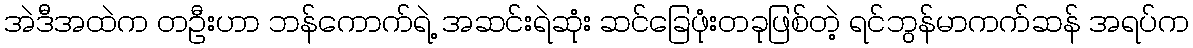
အဲဒီအထဲက တဦးဟာ ဘန်ကောက်ရဲ့ အဆင်းရဲဆုံး ဆင်ခြေဖုံးတခုဖြစ်တဲ့ ရင်ဘွန်မာကက်ဆန် အရပ်က